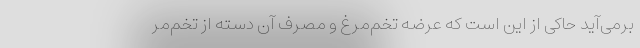
برمی‌آید حاکی از این است که عرضه تخم‌مرغ و مصرف آن دسته از تخم‌مر